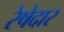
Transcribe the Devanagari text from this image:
रेषेदार